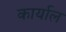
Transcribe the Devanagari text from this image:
कार्याल